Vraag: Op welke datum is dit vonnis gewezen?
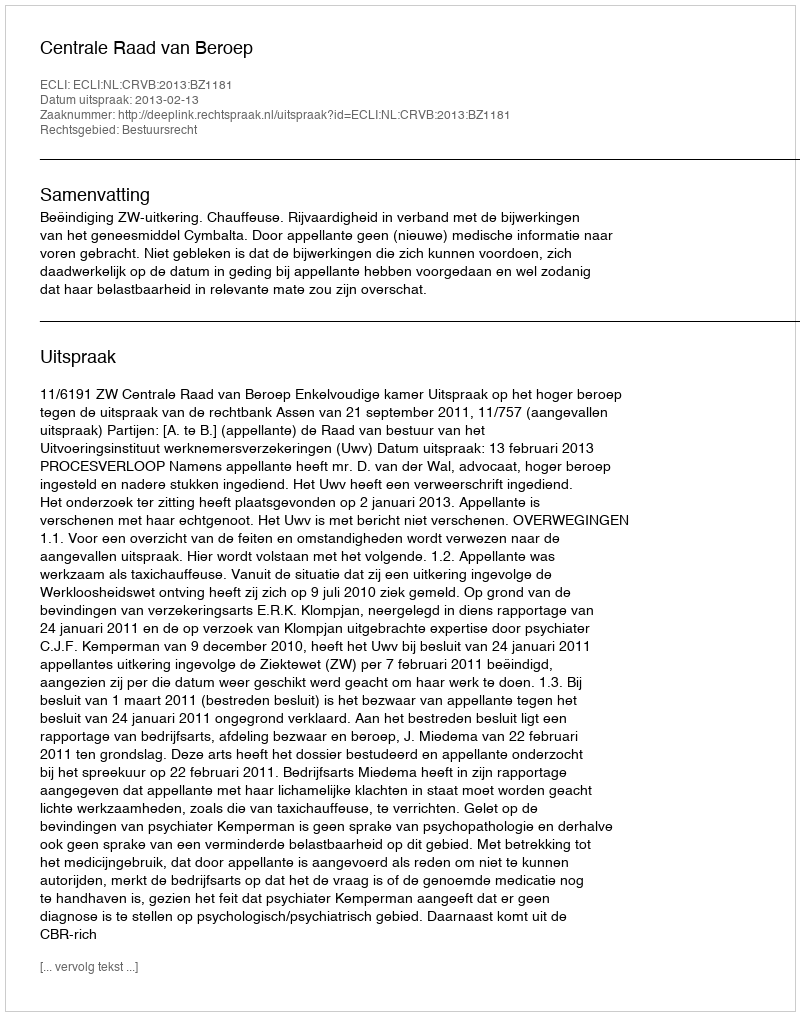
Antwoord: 2013-02-13